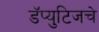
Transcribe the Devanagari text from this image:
डॅप्युटिजचे